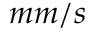
m m / s